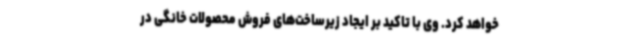
خواهد کرد. وی با تاکید بر ایجاد زیرساخت‌های فروش محصولات خانگی در